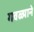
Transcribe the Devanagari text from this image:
गवळ्याने